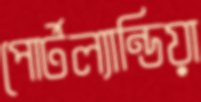
পোর্টল্যান্ডিয়া